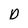
Character: D